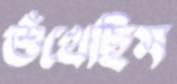
শুঁখেছিস